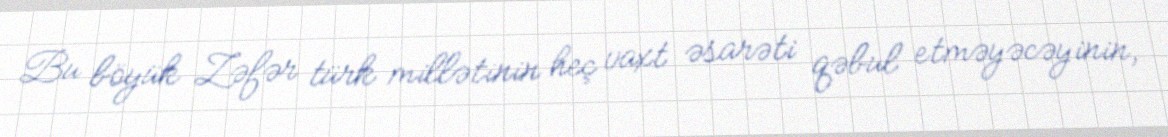
Bu böyük Zəfər türk millətinin heç vaxt əsarəti qəbul etməyəcəyinin,